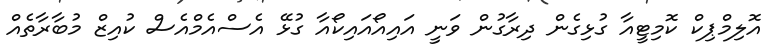
އޮލިމްޕިކް ކޮމިޓީއާ ގުޅިގެން ދިރާގުން ވަނީ އައިއޯއައިކޯއާ ގުޅޭ އެސްއެމްއެސް ކުއިޒް މުބާރާތެއް